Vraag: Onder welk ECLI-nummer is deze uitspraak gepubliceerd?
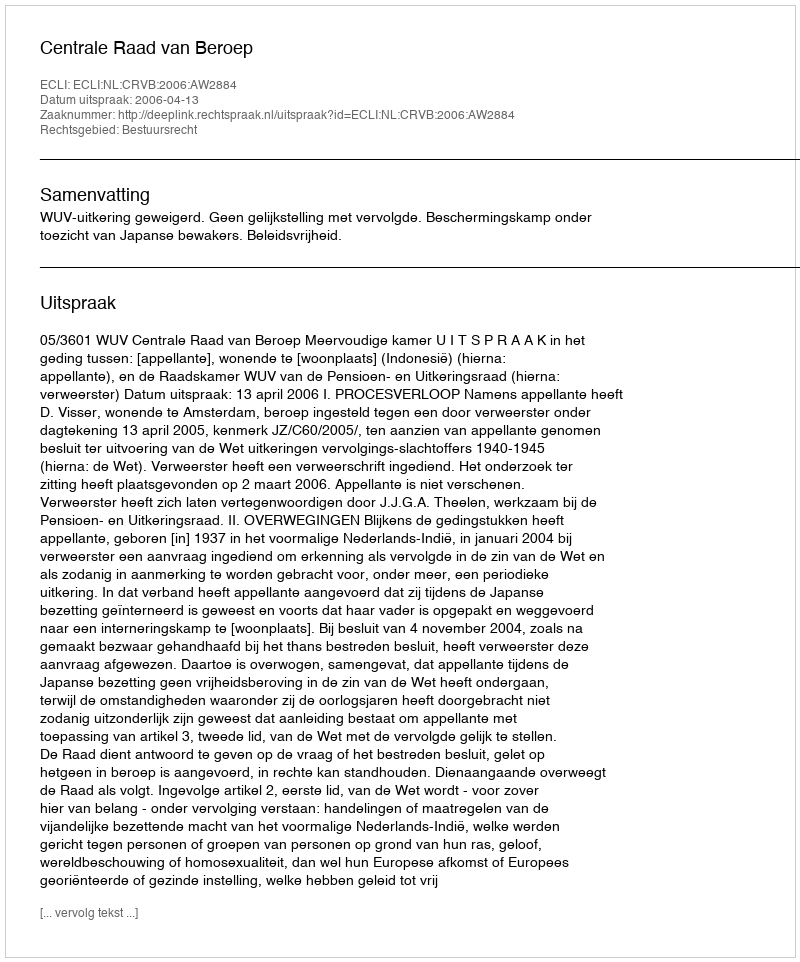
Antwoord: ECLI:NL:CRVB:2006:AW2884